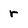
Character: r